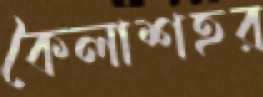
কৈলাশহর